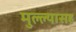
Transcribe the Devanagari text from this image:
मुल्ल्यासह